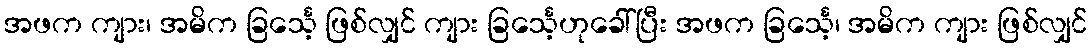
အဖက ကျား၊ အမိက ခြင်္သေ့ ဖြစ်လျှင် ကျား ခြင်္သေ့ဟုခေါ်ပြီး အဖက ခြင်္သေ့၊ အမိက ကျား ဖြစ်လျှင်